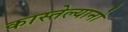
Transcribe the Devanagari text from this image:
कास्तेल्यानो